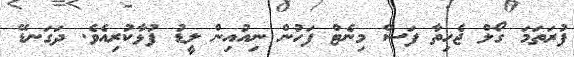
ފުރަތަމަ ގޯލް ޖެހިތާ ފަސް މިނެޓް ފަހުން ނިއުއިން ލީޑު ފުޅާކުރިއެވެ. ދަގަނޑޭ